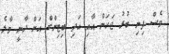
ވެސް ފިނި ބުރު ޖަހަން އާއި އަދި ބިޓިންގް އަށް ދާނީ މާލެ